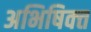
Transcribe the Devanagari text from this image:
अभिषिक्‍त